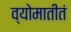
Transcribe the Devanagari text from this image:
व्योमातीतं